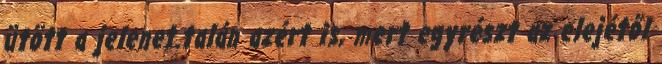
ütött a jelenet.talán azért is, mert egyrészt az elejétől